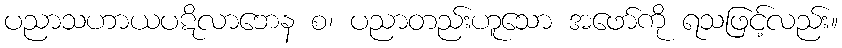
ပညာသဟာယပဋိလာဘေန စ၊ ပညာတည်းဟူသော အဖော်ကို ရသဖြင့်လည်း။